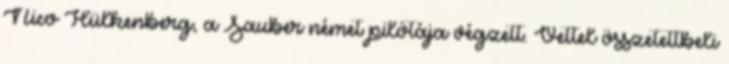
Nico Hülkenberg, a Sauber német pilótája végzett. Vettel összetettbeli